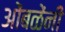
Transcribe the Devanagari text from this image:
ओंबळेंनी